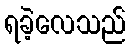
ရခဲ့လေသည်